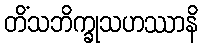
တိံသဘိက္ခုသဟဿာနိ